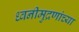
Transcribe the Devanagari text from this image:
ध्वनीमुद्रणांच्या